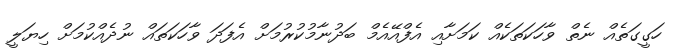
ހަގީގަތެއް ނެތް ވާހަކަތަކެއް ކަމަށާއި އެފްއޭއެމް ބަދުނާމުކުރުމަށް އެފަދަ ވާހަކަތައް ނުދެއްކުމަށް ހިޔަލީ